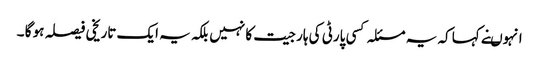
انہوںنے کہا کہ یہ مسئلہ کسی پارٹی کی ہار جیت کا نہیں بلکہ یہ ایک تاریخی فیصلہ ہو گا ۔